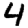
Digit: 4